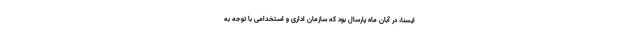
ایسنا، در آبان ماه پارسال بود که سازمان اداری و استخدامی با توجه به